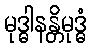
မုဒ္ဓါနန္တိမုဒ္ဓံ